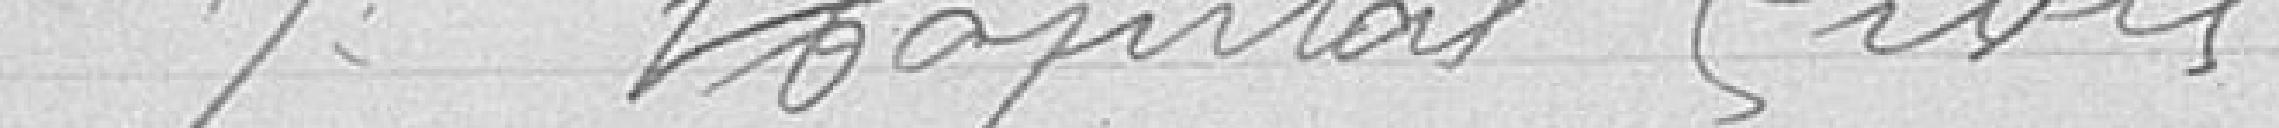
7 Hôpital civil